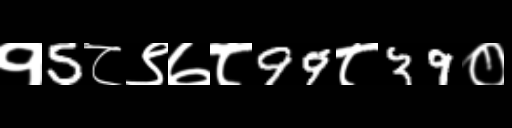
Text: १5८९७८99८39०